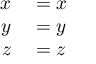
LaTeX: \begin{array} { r l } { x } & { { } = x } \\ { y } & { { } = y } \\ { z } & { { } = z } \end{array}